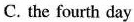
C. the fourth day